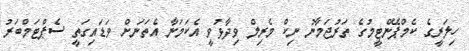
ހިލަރީގެ ކެމްޕޭންޓީމުގެ ތަރުޖަމާނު ނިކް މެރިލް ވިދާޅުވީ އެކަމަނާ އެތަނަށް ވަޑައިގަތީ ސެޕްޓަމްބަރު